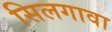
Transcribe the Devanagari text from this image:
सिलगावा